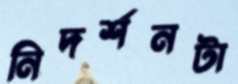
নিদর্শনটা